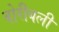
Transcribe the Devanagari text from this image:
वोरीबली